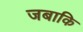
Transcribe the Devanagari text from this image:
जबाकि